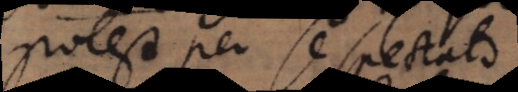
potest per se spectato